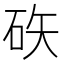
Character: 䂠